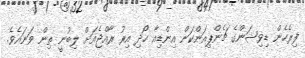
ފިރެހެން ޑިވިޝަންގެ ޗެންޕިއަންކަން އިންޑިއާ ހޯދި އިރު ރާއްޖެއަށް ލިބުނީ ތިން ވަނައެވެ.